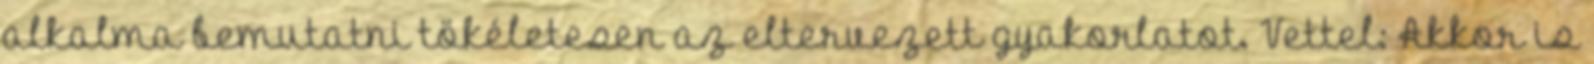
alkalma bemutatni tökéletesen az eltervezett gyakorlatot. Vettel: Akkor is